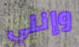
وإنني